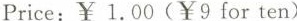
Price:￥1.00 (￥9 for ten)